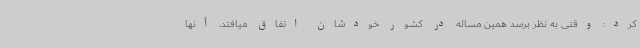
کرد: وقتی به نظر برسد همین مساله در کشور خودشان اتفاق میافتد، آنها